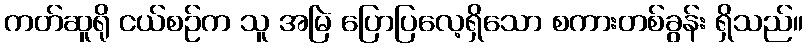
ကတ်ဆူရို ငယ်စဉ်က သူ အမြဲ ပြောပြလေ့ရှိသော စကားတစ်ခွန်း ရှိသည်။